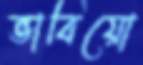
ভাবিয়ো